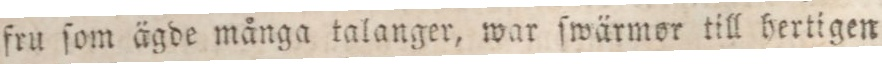
fru ſom ägde många talanger, war ſwärmor till hertigen